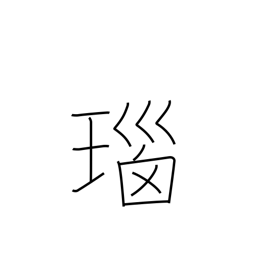
Meaning: onyx